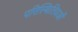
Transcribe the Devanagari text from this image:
परिस्थितियओं